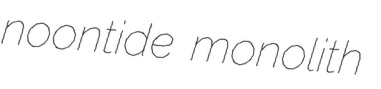
noontide monolith